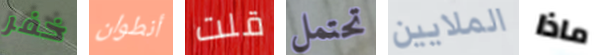
خفر أنطوان قلت تحتمل الملايين ماذا